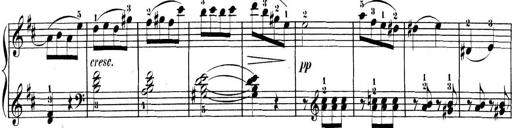
Title: 3 Sonatinen, Op.8
Composer: Isidor Wilhelm Seiss